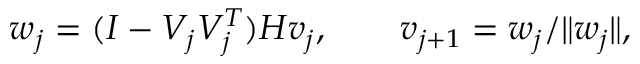
w _ { j } = ( I - V _ { j } V _ { j } ^ { T } ) H v _ { j } , \qquad v _ { j + 1 } = w _ { j } / \| w _ { j } \| ,